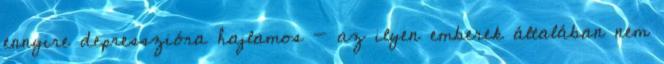
ennyire depresszióra hajlamos - az ilyen emberek általában nem